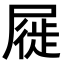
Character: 屣